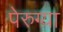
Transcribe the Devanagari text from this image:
पेरुग्या